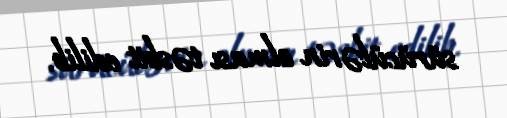
sürücülərin olması təsbit edilib.